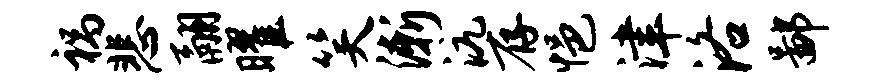
祸悲翮曜笑渐沆存悒津洛鄙